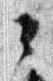
々